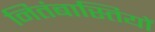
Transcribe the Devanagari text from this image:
नितंबास्तियों